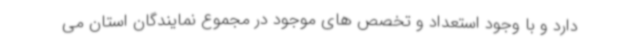
دارد و با وجود استعداد و تخصص های موجود در مجموع نمایندگان استان می